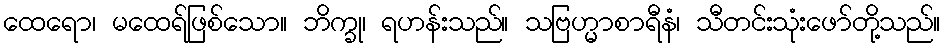
ထေရော၊ မထေရ်ဖြစ်သော။ ဘိက္ခု၊ ရဟန်းသည်။ သဗြဟ္မာစာရီနံ၊ သီတင်းသုံးဖော်တို့သည်။